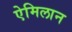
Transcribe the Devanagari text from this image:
ऐमिलान